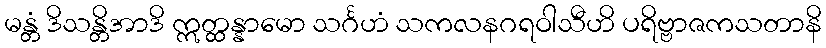
မန္တံ ဒိသန္တိအာဒိ ဣတ္ထန္နာမော သင်္ဂဟံ သကလနဂရဝါသီဟိ ပရိဗ္ဗာဇကသတာနိ